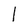
Character: 1